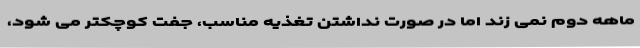
ماهه دوم نمی زند اما در صورت نداشتن تغذیه مناسب، جفت کوچکتر می شود،